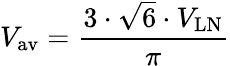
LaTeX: V_{\mathrm{av}}={\frac{3\cdot{\sqrt{6}}\cdot V_{\mathrm{LN}}}{\pi}}